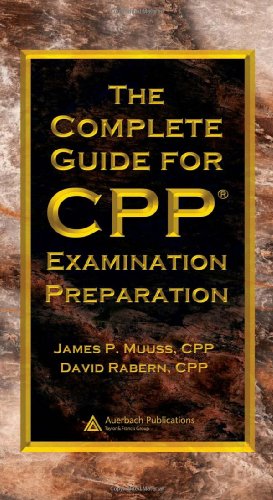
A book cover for The Complete Guide for CPP Examination Preparation; James P. Muuss  CPP; Business & Money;